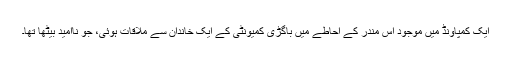
ایک کمپاونڈ میں موجود اس مندر کے احاطے میں باگڑی کمیونٹی کے ایک خاندان سے ملاقات ہوئی، جو ناامید بیٹھا تھا۔